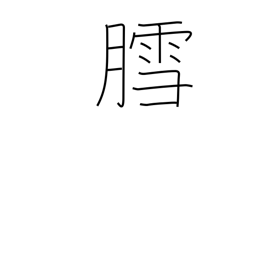
Meaning: snow